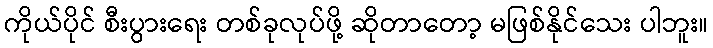
ကိုယ်ပိုင် စီးပွားရေး တစ်ခုလုပ်ဖို့ ဆိုတာတော့ မဖြစ်နိုင်သေး ပါဘူး။